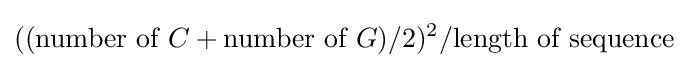
(({\text{number of }}C+{\text{number of }}G)/2)^{2}/{\text{length of sequence}}